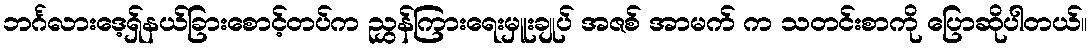
ဘင်္ဂလားဒေ့ရှ်နယ်ခြားစောင့်တပ်က ညွှန်ကြားရေးမှူးချုပ် အဇစ် အာမက် က သတင်းစာကို ပြောဆိုပါတယ်။